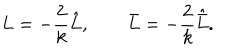
L = - \frac { 2 } { k } \hat { L } , ~ ~ \bar { L } = - \frac { 2 } { k } \hat { \bar { L } } .